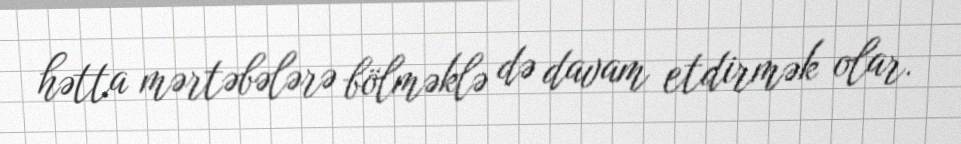
hətta mərtəbələrə bölməklə də davam etdirmək olar.